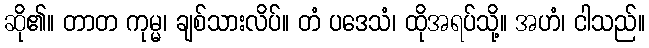
ဆို၏။ တာတ ကုမ္မ၊ ချစ်သားလိပ်။ တံ ပဒေသံ၊ ထိုအရပ်သို့။ အဟံ၊ ငါသည်။